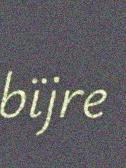
bïjre